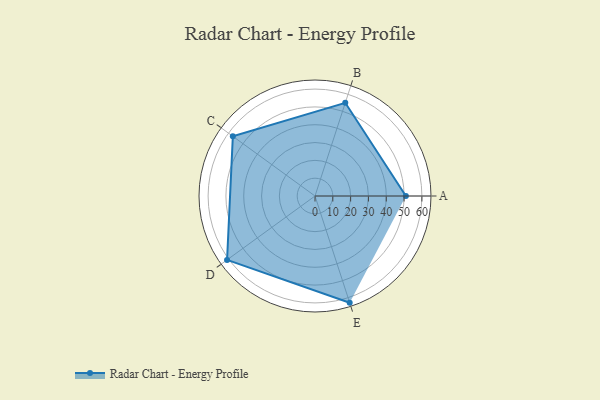
{"axis": {"x": "Skill", "y": "Score"}, "legend": ["Profile"], "data": [{"x": "A", "y": 51.0, "type": "Profile"}, {"x": "B", "y": 55.0, "type": "Profile"}, {"x": "C", "y": 57.0, "type": "Profile"}, {"x": "D", "y": 61.0, "type": "Profile"}, {"x": "E", "y": 63.0, "type": "Profile"}]}